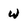
Character: w